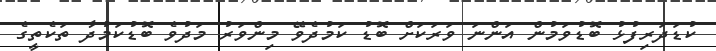
ކުޑަދަރިފުޅު ބޮޑުވަމުން އަންނަ ވަރަކަށް ބޮޑު ކަމުދެވޭ މިންވަރު މަދުވެ ބޮޑުކަމުދާ ތަކެތީގެ